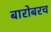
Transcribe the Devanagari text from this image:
बारोबरच